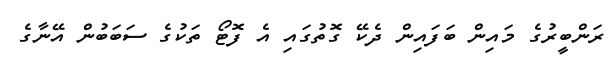
ރަންބީރުގެ މައިން ބަފައިން ދެކޭ ގޮތުގައި އެ ފޮޓޯ ތަކުގެ ސަބަބުން އޭނާގެ